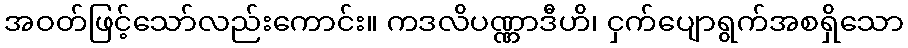
အဝတ်ဖြင့်သော်လည်းကောင်း။ ကဒလိပဏ္ဏာဒီဟိ၊ ငှက်ပျောရွက်အစရှိသော